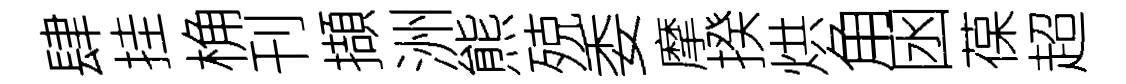
肆挂桷刊擷洲熊殑委摩揆烘角囦葆超